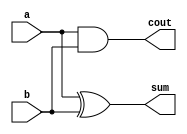
// Half-adder using dataflow modeling

module half_adder( input a, b,
                  output sum, cout);
  assign sum = a ^ b;   // Bit-wise XOR operator
  assign cout = a & b;  // Bit-wise AND operator
endmodule